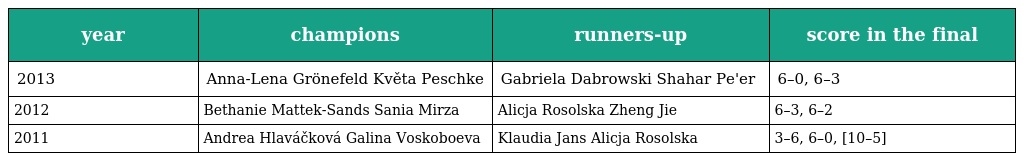
| year | champions | runners-up | score in the final |
 | --- | --- | --- | --- |
 | 2013 | Anna-Lena Grönefeld Květa Peschke | Gabriela Dabrowski Shahar Pe'er | 6–0, 6–3 |
 | 2012 | Bethanie Mattek-Sands Sania Mirza | Alicja Rosolska Zheng Jie | 6–3, 6–2 |
 | 2011 | Andrea Hlaváčková Galina Voskoboeva | Klaudia Jans Alicja Rosolska | 3–6, 6–0, [10–5] |